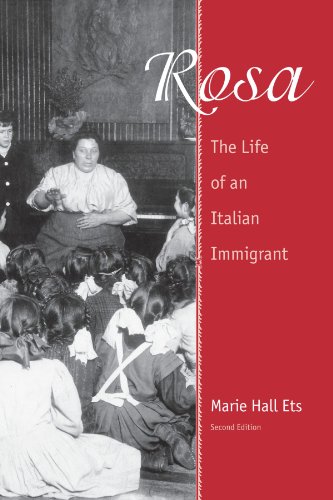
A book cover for Rosa: The Life of an Italian Immigrant (Wisconsin Studies in Autobiography); Marie Hall Ets; Biographies & Memoirs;